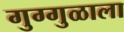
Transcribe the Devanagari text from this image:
गुग्गुळाला